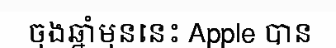
ចុងឆ្នាំមុននេះ Apple បាន